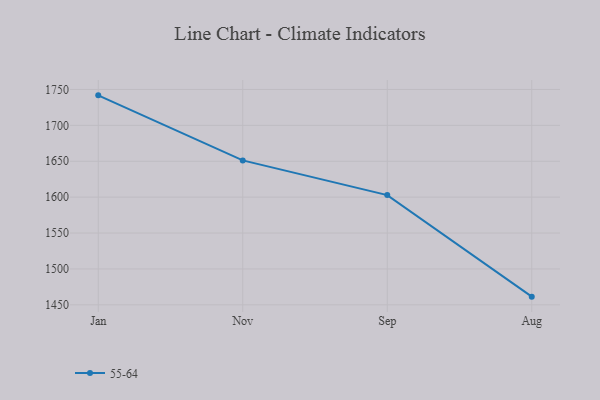
{"axis": {"x": "Month", "y": "Headcount"}, "legend": ["55-64"], "data": [{"x": "Jan", "y": 1741.8, "type": "55-64"}, {"x": "Nov", "y": 1651.2, "type": "55-64"}, {"x": "Sep", "y": 1602.9, "type": "55-64"}, {"x": "Aug", "y": 1461.4, "type": "55-64"}]}